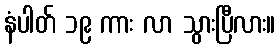
နံပါတ် ၁၉ ကား လာ သွားပြီလား။